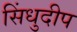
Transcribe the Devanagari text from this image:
सिंधुदीप